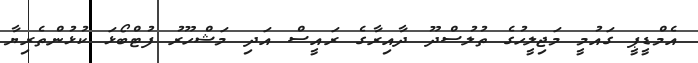
އެމްޑީޕީ ގައުމީ މަޖިލީހުގެ ތުލުސްދޫ ދާއިރާގެ ރައީސް އަދި މަޝްހޫރު ފުޓްބޯޅަ ކުޅުންތެރިޔާ